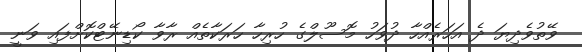
ވޭތުވެދިޔަ ދެ އަހަރެއްހާ ދުވަހު މޮސޫލްގެ ހުރިހާ ހަރަކާތެއް ރާވާ ކޯޑިނޭޓްކޮށްފައި ވަނީ